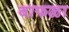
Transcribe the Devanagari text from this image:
बाफळा